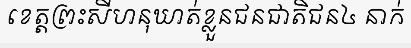
ខេត្តព្រះសីហនុឃាត់ខ្លួនជនជាតិជន៤ នាក់